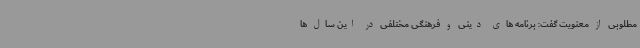
مطلوبی از معنویت گفت: برنامه های دینی و فرهنگی مختلفی در این سال ها